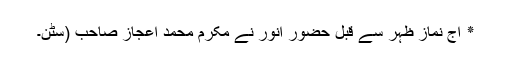
٭ آج نمازِ ظہر سے قبل حضورِ انور نے مکرم محمد اعجاز صاحب (سٹن۔